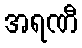
အရဏီ